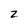
Character: z